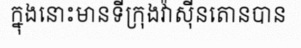
ក្នុងនោះមានទីក្រុងវ៉ាស៊ីនតោនបាន